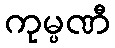
ကုမ္ပဏီ